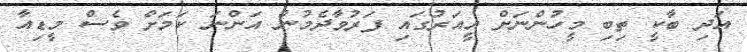
އަދި ބާކީ ތިބި މީހުންނަށް އީއަރުގައި ފަރުވާދެމުން އަންނަ ކަމަށް ވެސް މީޑިއާ